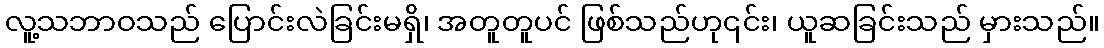
လူ့သဘာဝသည် ပြောင်းလဲခြင်းမရှိ၊ အတူတူပင် ဖြစ်သည်ဟု၎င်း၊ ယူဆခြင်းသည် မှားသည်။